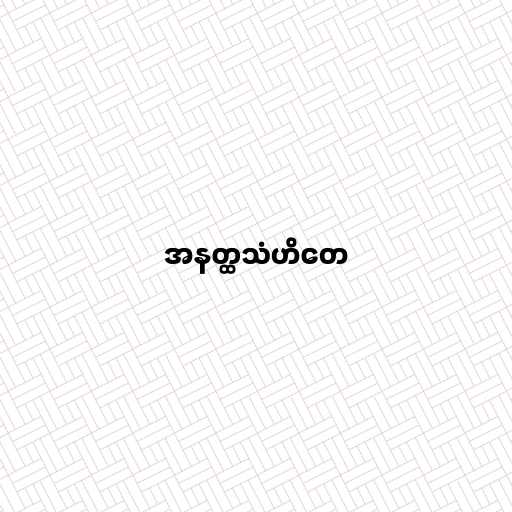
အနတ္ထသံဟိတေ